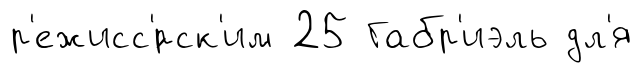
р'ежисс'́рск'им 25 Габр'иэль дл'я